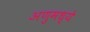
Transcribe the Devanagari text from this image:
अणुमध्ये